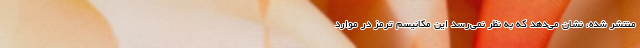
منتشر شده، نشان می‌دهد که به نظر نمی‌رسد این مکانیسم ترمز در موارد